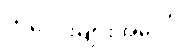
ကလေးများအပေါ်